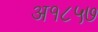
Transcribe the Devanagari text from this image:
अ१८५७